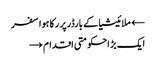
← ملائیشیا کے بارڈرپر رکا ہوا سفر
ایک بڑ احکومتی اقدام →